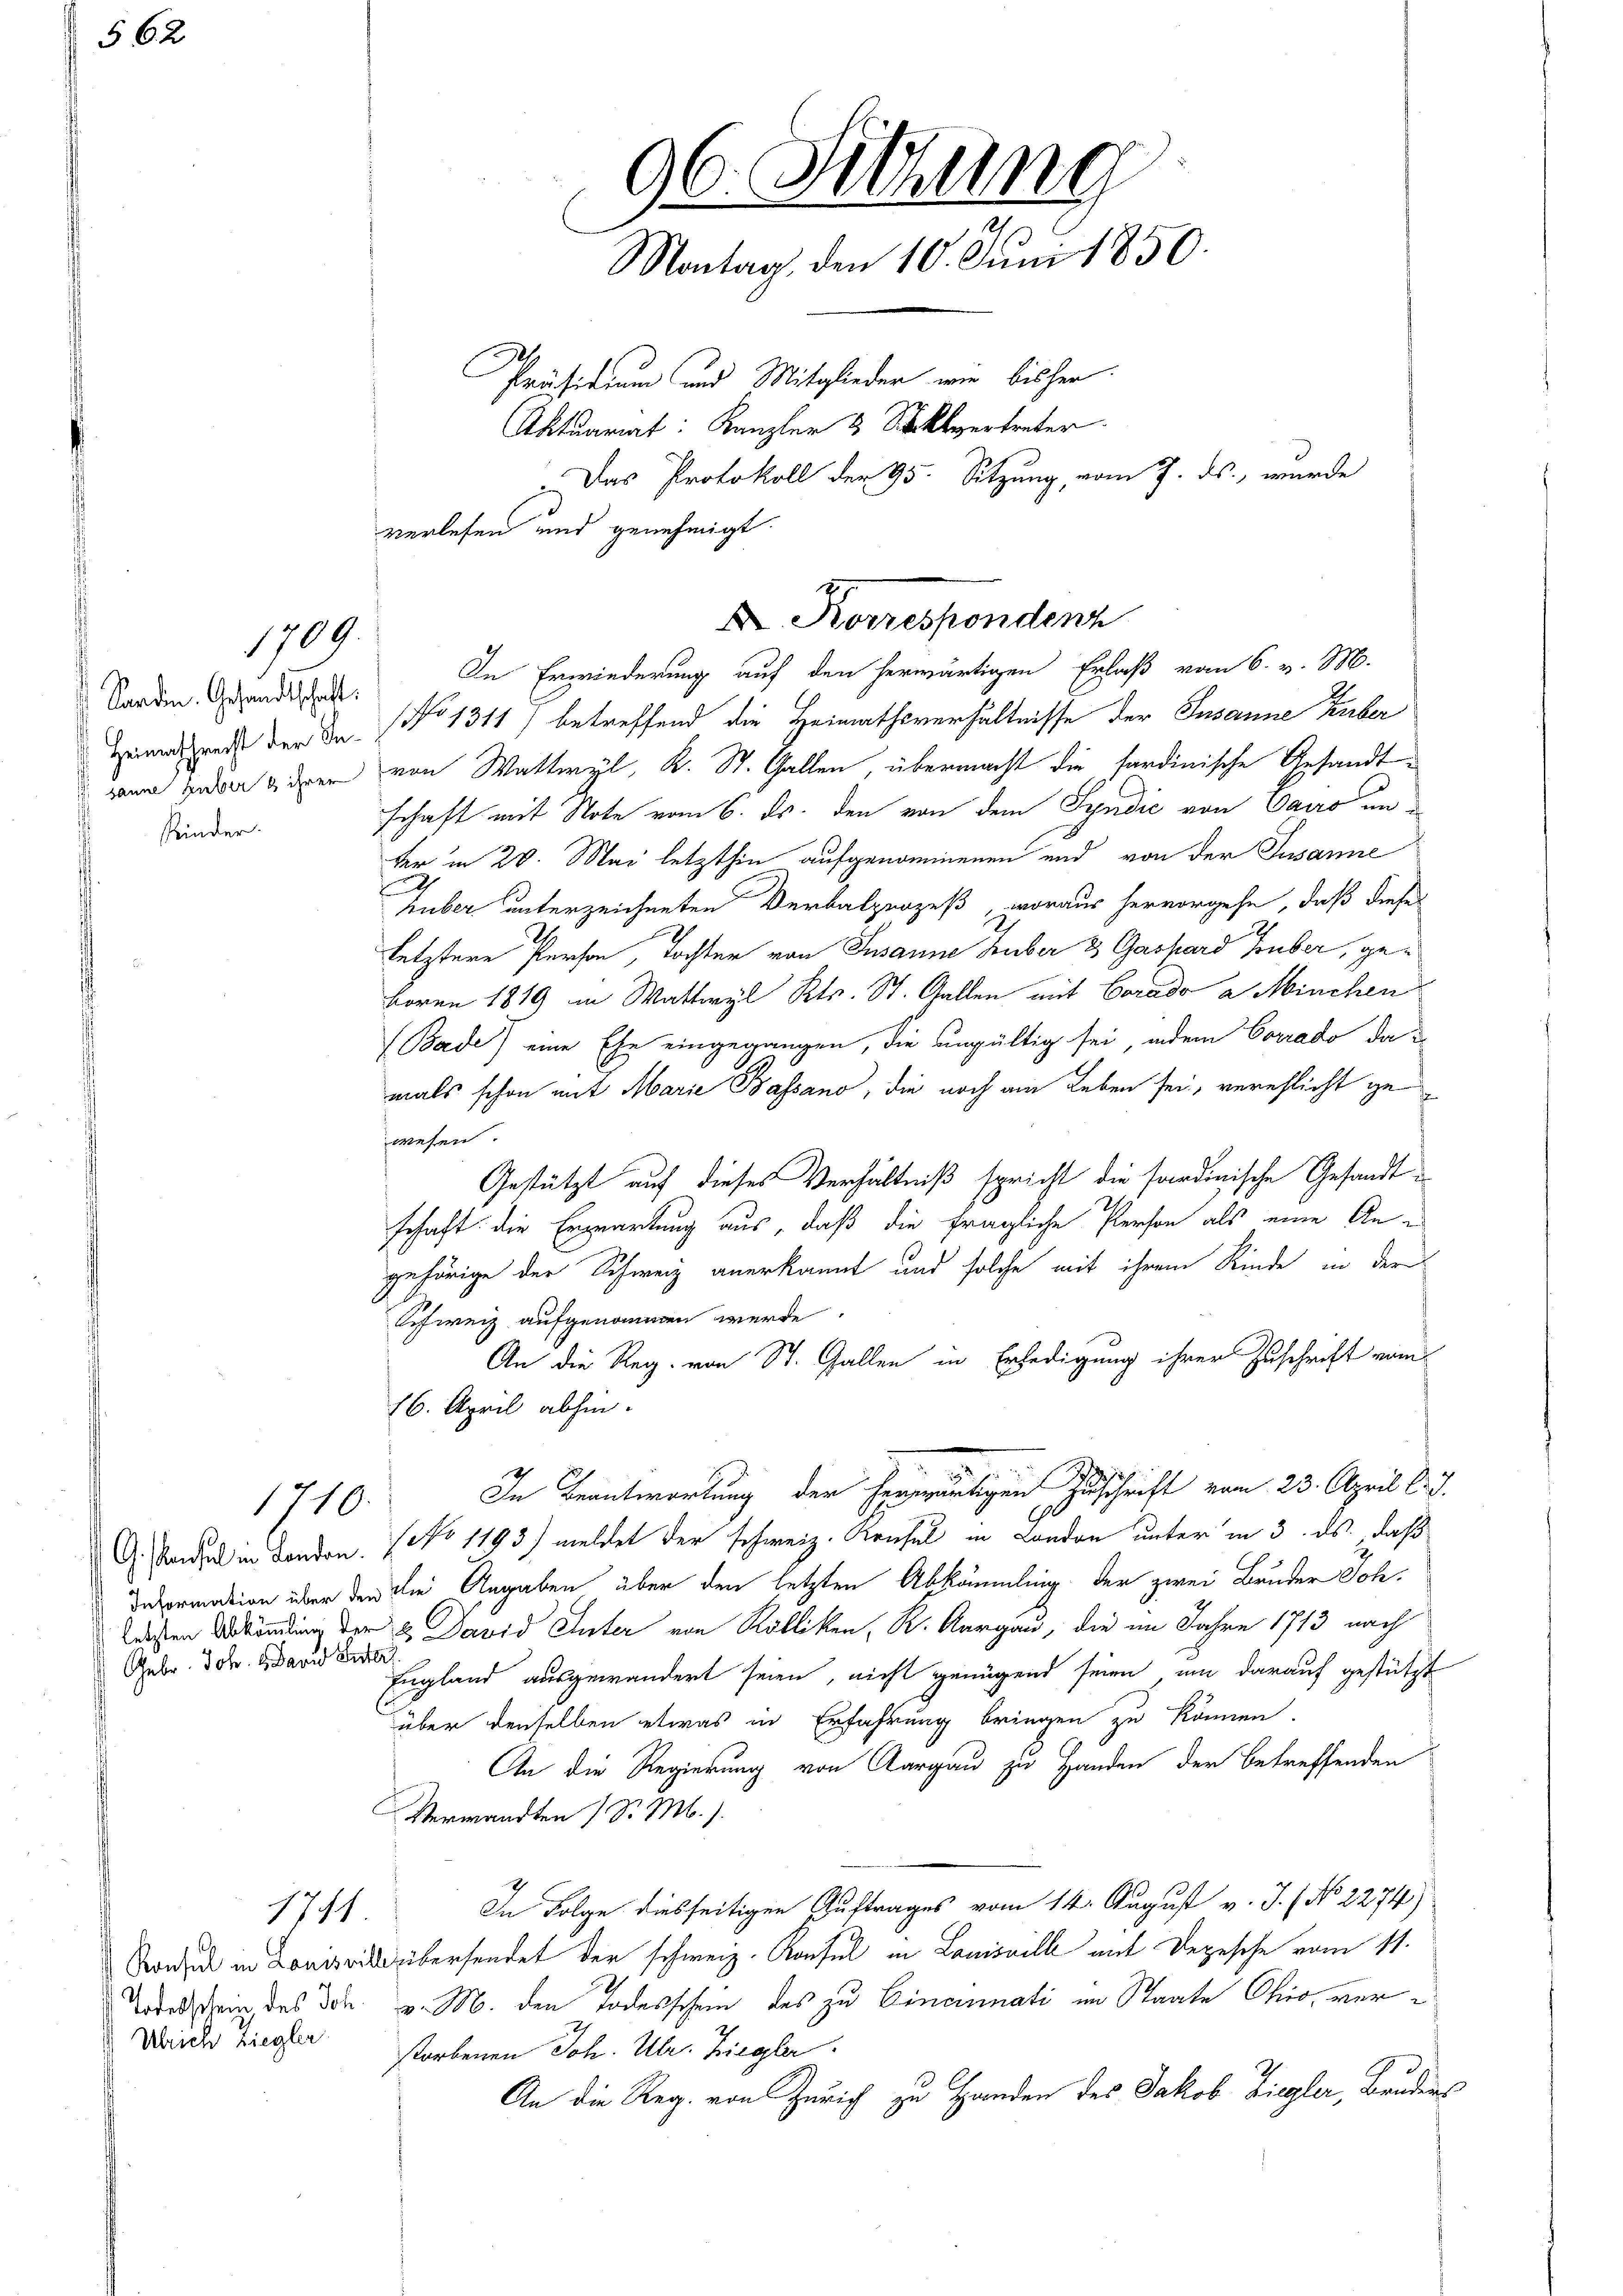
562

1709.

Sardin. Gesandtschaft.
 sanne Huber & ihrer
Rinder.

Gebr. Joh. 1. David Enter

17/1

Ulrich Ziegler

Heimathes der In No 1311) betreffend die Heimathsverhältnisse der Susanne herber
von Wattwyl, K. St. Gallen, übermacht die sardinische Gesandtschaft mit Note vom 6. ds. den von dem Syndić von Parro unter in 20. Mai letzthin aufgenommenen und von der Susanne
huber unterzeichneten Verbalprozeß, woraus hervorgehe, daß dieses
letztere Person, Tochter von Susanne Huber 3 Gashard Huber, geboren 1819 in Wattwyl Kts. St. Gallen mit Corado a Minchen
(Bade) eine Ehe eingegangen, die ungültig sei, indem Conrado da
mals schon mit Marie Bassano, die noch am Leben sei, verehlicht gewesen.
Gestützt auf dieses Verhältniß spricht die sardinische Gesandt
schaft die Erzgwartung aus, daß die fragliche Person als eine An-
gehörige der Schweiz anerkannt und solche mit ihrem Kinde in der
Schweiz aufgenommen werde.
An die Reg. von St. Gallen in Erledigung ihrer Zuschrift vom
16. April abhin.
1710. In Beantwortung der heutigen Zuschrift vom 23. April l. J.
G. Sand in London. (No 1193) meldet der schweiz. Krusel in London unter in 3. ds. daß
evormation über den die Angaben über den letzten Abkömmling der zwei Bruder Joh.
Westen Verkündung der 2. David Inter von Kölliken, K. Aargau, die im Jahre 1713 nach
England ausgewandert seien, nicht genügend seien, um darauf gestützt
über denselben etwas in Erfahrung bringen zu können.
An die Regierung von Aargau zu Handen der betreffenden
Verwandten (S. M.).
In Folge diesseitigen Auftrages vom 14. August v. J. (No 2274)
Sont in Louise übersendet der schweiz. Konsul in Louisville mit Degesehe vom 11.
Wodann des don v. M. den Todesschein des zu Cincinati im Staate Ohio, verstorbenen Joh. Ulr. Ziegler
An die Reg. von Zürich zu Handen des Jakob Ziegler, Bruders

verlesen und genehmigt.

96. Sitzung
Montag, den 10. Juni 1850.
Präsidium und Mitglieder wie bisher.
Aktuariat: Kanzler & Stellvertreter.
Das Protokoll der 95. Sitzung, vom 7. ds., wurde

X. Korrespondenz
In Erwiederung auf den herwärtigen Erlaß vom 6. v. M.